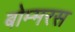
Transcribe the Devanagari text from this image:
बोम्मरस